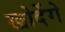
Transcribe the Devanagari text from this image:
खोदेंगे